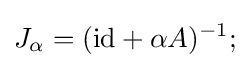
J_{\alpha }=(\mathrm {id} +\alpha A)^{-1};